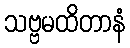
သဗ္ဗမထိတာနံ